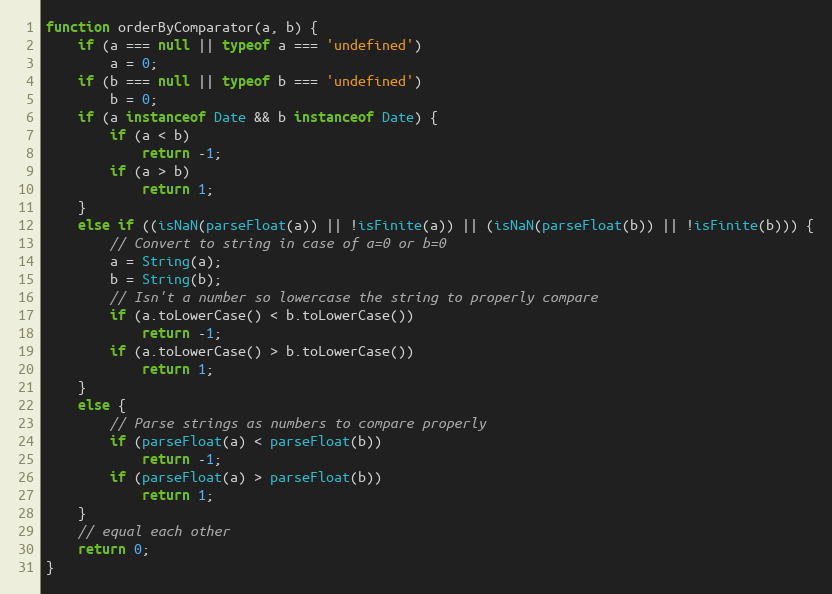
Language: JavaScript
function orderByComparator(a, b) {
    if (a === null || typeof a === 'undefined')
        a = 0;
    if (b === null || typeof b === 'undefined')
        b = 0;
    if (a instanceof Date && b instanceof Date) {
        if (a < b)
            return -1;
        if (a > b)
            return 1;
    }
    else if ((isNaN(parseFloat(a)) || !isFinite(a)) || (isNaN(parseFloat(b)) || !isFinite(b))) {
        // Convert to string in case of a=0 or b=0
        a = String(a);
        b = String(b);
        // Isn't a number so lowercase the string to properly compare
        if (a.toLowerCase() < b.toLowerCase())
            return -1;
        if (a.toLowerCase() > b.toLowerCase())
            return 1;
    }
    else {
        // Parse strings as numbers to compare properly
        if (parseFloat(a) < parseFloat(b))
            return -1;
        if (parseFloat(a) > parseFloat(b))
            return 1;
    }
    // equal each other
    return 0;
}